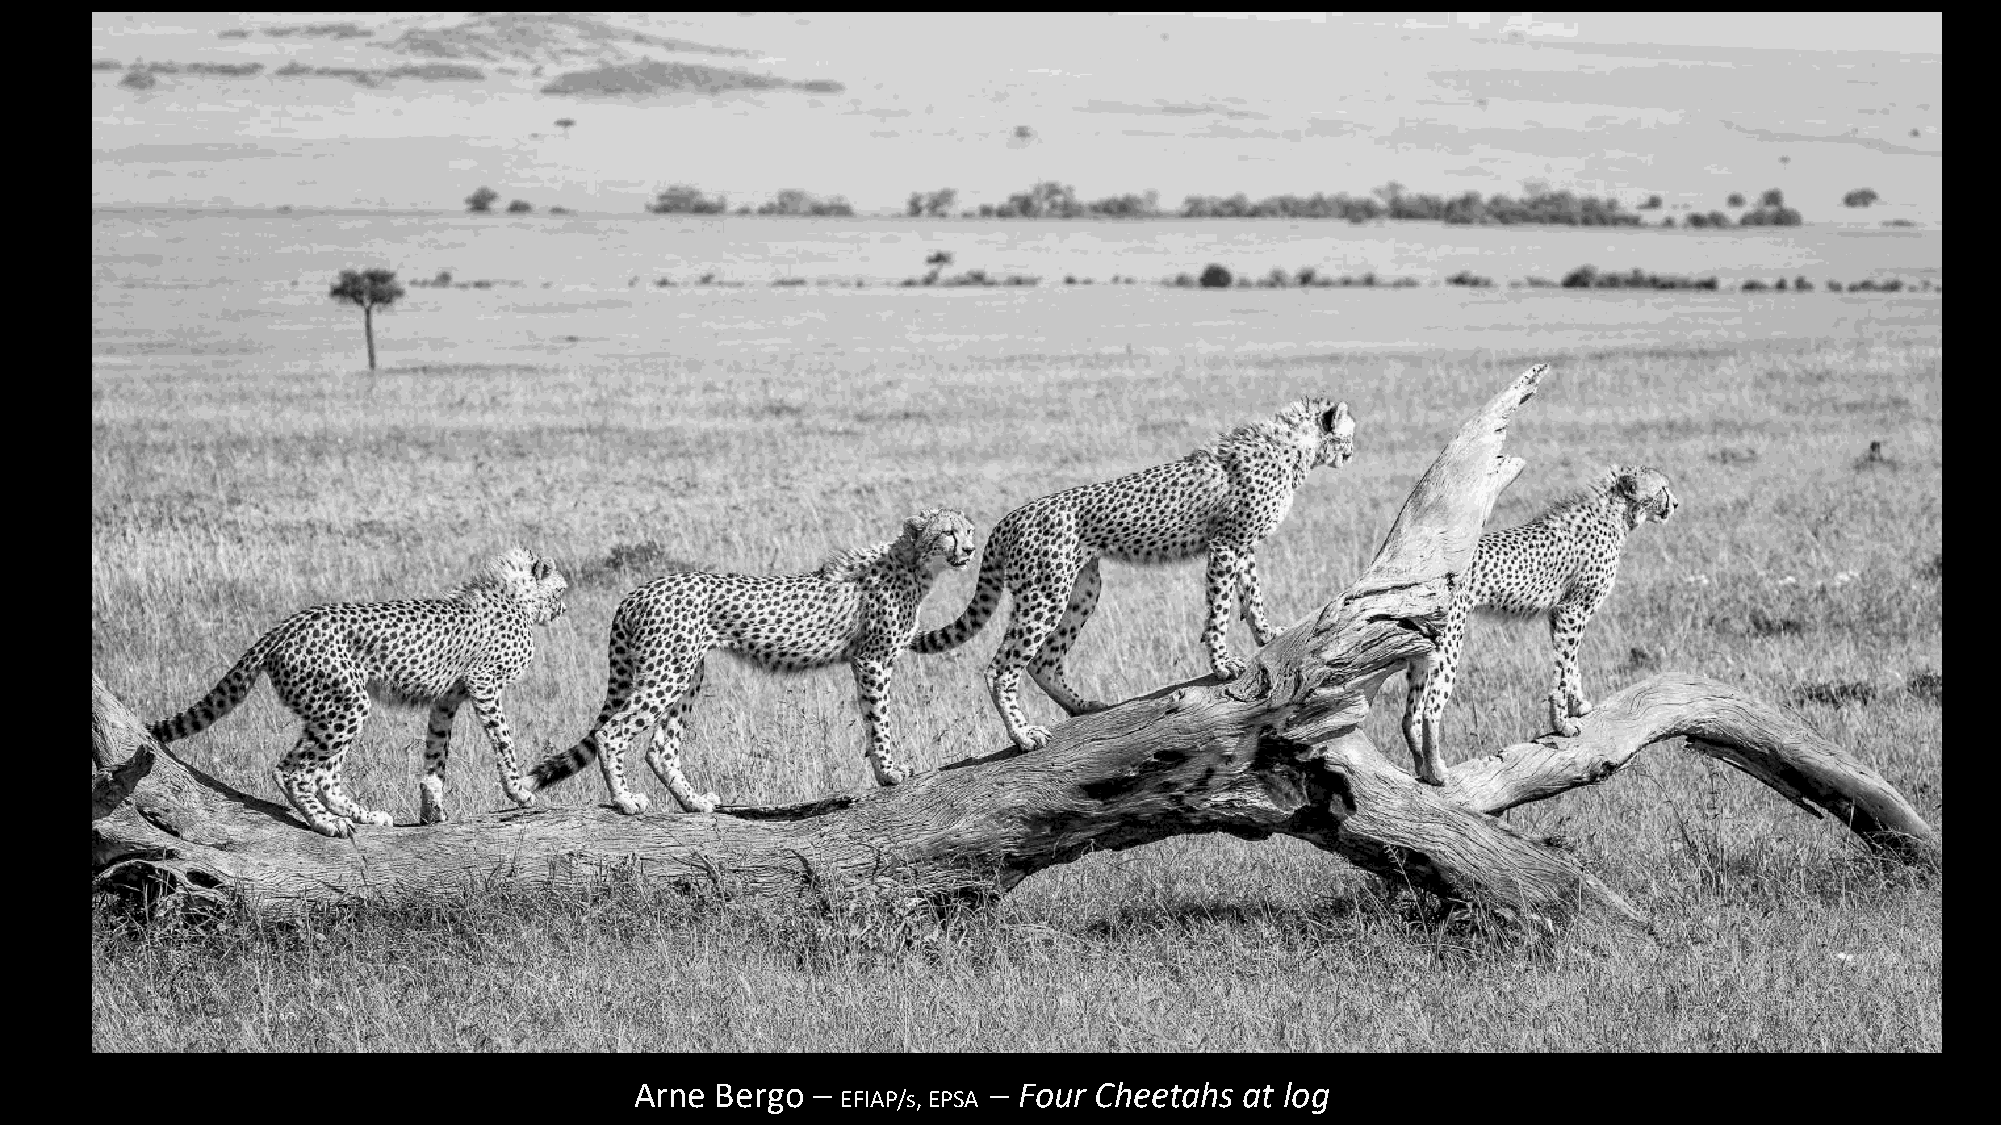
Arne Bergo  –           – Four Cheetahs at log
 EFIAP/s, EPSA